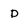
Character: D